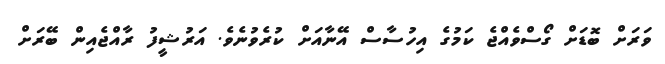
ވަރަށް ބޮޑަށް ގޯސްވެއްޖެ ކަމުގެ އިހުސާސް އޭނާއަށް ކުރެވުނެވެ. އަރުޝީފު ރާއްޖެއިން ބޭރަށް